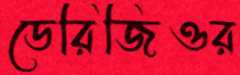
ডেরিজিওর